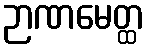
ဉာဏမေတ္ထ